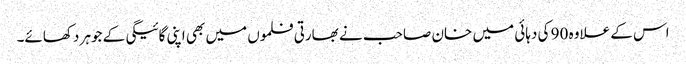
اس کے علاوہ 90 کی دہائی میں خان صاحب نے بھارتی فلموں میں بھی اپنی گائیگی کے جوہر دکھائے۔